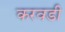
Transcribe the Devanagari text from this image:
करवडी